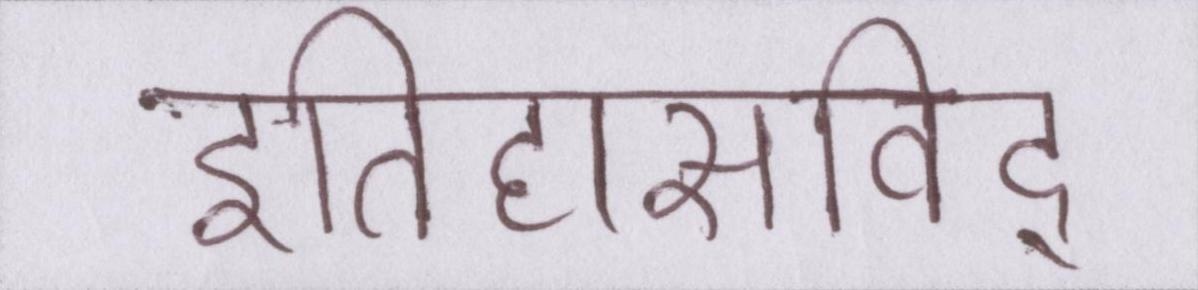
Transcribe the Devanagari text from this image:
इतिहासविद्